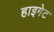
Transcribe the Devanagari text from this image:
हाइगेट